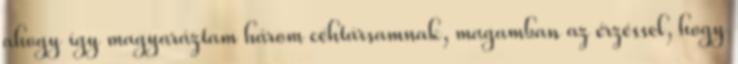
ahogy így magyaráztam három céhtársamnak, magamban az érzéssel, hogy